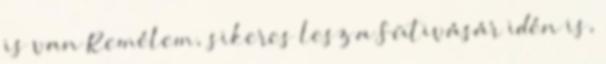
is van Remélem, sikeres lesz a Sütivásár idén is,